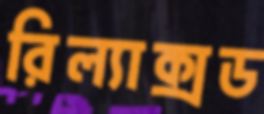
রিল্যাক্সড